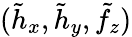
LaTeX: (\tilde{h}_{x},\tilde{h}_{y},\tilde{f}_{z})